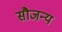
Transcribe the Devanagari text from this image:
सौजन्‍य